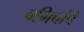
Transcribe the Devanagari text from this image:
बगिचांचे